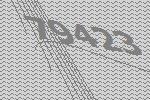
79423